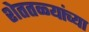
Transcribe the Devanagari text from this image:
शेततळ्यांच्या